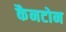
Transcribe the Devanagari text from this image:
कैनटोन